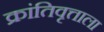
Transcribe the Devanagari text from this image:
क्रांतिवृत्ताला